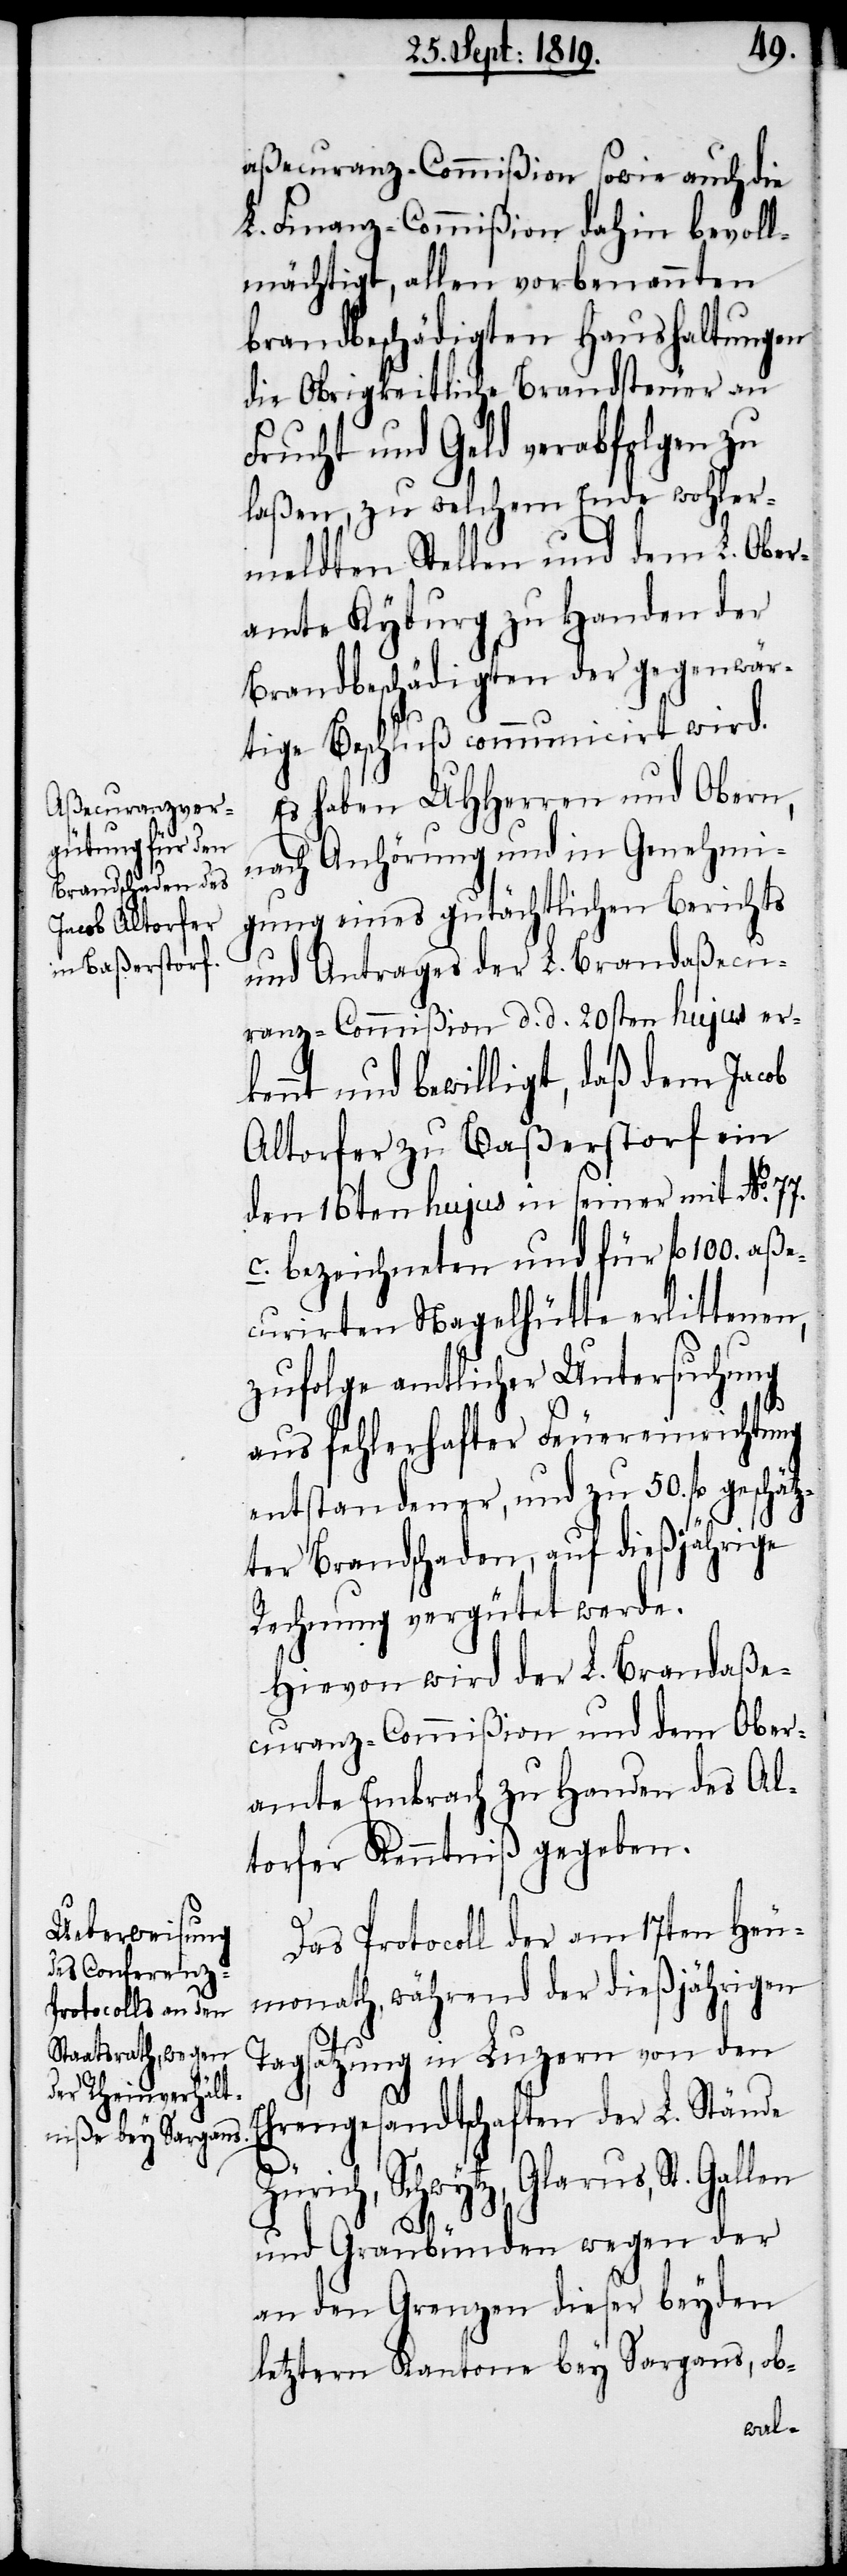
aßecuranz-Commißion sowie auch die
L. Finanz-Commißion dahin bevoll¬
mächtigt, allen vorbenannten
brandbeschädigten Haushaltungen
die Obrigkeitliche Brandsteuer an
Frucht und Geld verabfolgen zu
laßen, zu welchem Ende wohler¬
meldten Stellen und dem L. Ober¬
amte Kyburg zu Handen der
Brandbeschädigten der gegenwär¬
tige Beschluß communicirt wird.
Es haben UHHerren und Obern,
nach Anhörung und in Genehmi¬
gung eines gutächtlichen Berichts
und Antrages der L. Brandaßecu¬
ranz-Commißion d. d. 20sten hujus er¬
kennt und bewilligt, daß dem Jacob
Altorfer zu Baßerstorf ein
den 16ten hujus in seiner mit No. 77.
c. bezeichneten und für fl. 100. aße¬
curirten Nagelhütte erlittenen,
zufolge amtlicher Untersuchung
aus fehlerhafter Feuereinrichtung
entstandener, und zu 50. fl. geschätz¬
ter Brandschaden, auf dießjährige
Rechnung vergütet were.
Hievon wird der L. Brandaße¬
curanz-Commißion und dem Ober¬
amte Embrach zu Handen des Al¬
torfer Kenntniß gegeben.
Das Protocoll der am 17ten Heu¬
monath, während der dießjährigen
Tagsatzung in Luzern von den
Ehrengesandtschaften der L. Stände
Zürich, Schwytz, Glarus, St. Gallen
und Graubünden wegen der
an den Grenzen dieser beyden
letztern Kantone bey Sargans, ob-